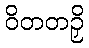
ဝိတတဉှိ